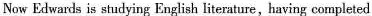
Now Edwards is studying English literature,having completed